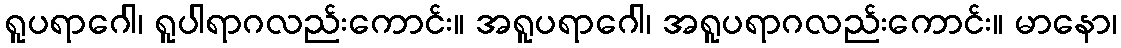
ရူပရာဂေါ၊ ရူပါရာဂလည်းကောင်း။ အရူပရာဂေါ၊ အရူပရာဂလည်းကောင်း။ မာနော၊